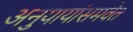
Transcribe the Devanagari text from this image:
अनुयायांसमवेत